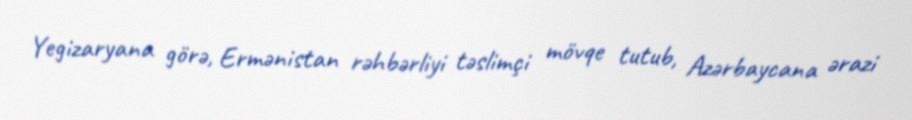
Yegizaryana görə, Ermənistan rəhbərliyi təslimçi mövqe tutub, Azərbaycana ərazi